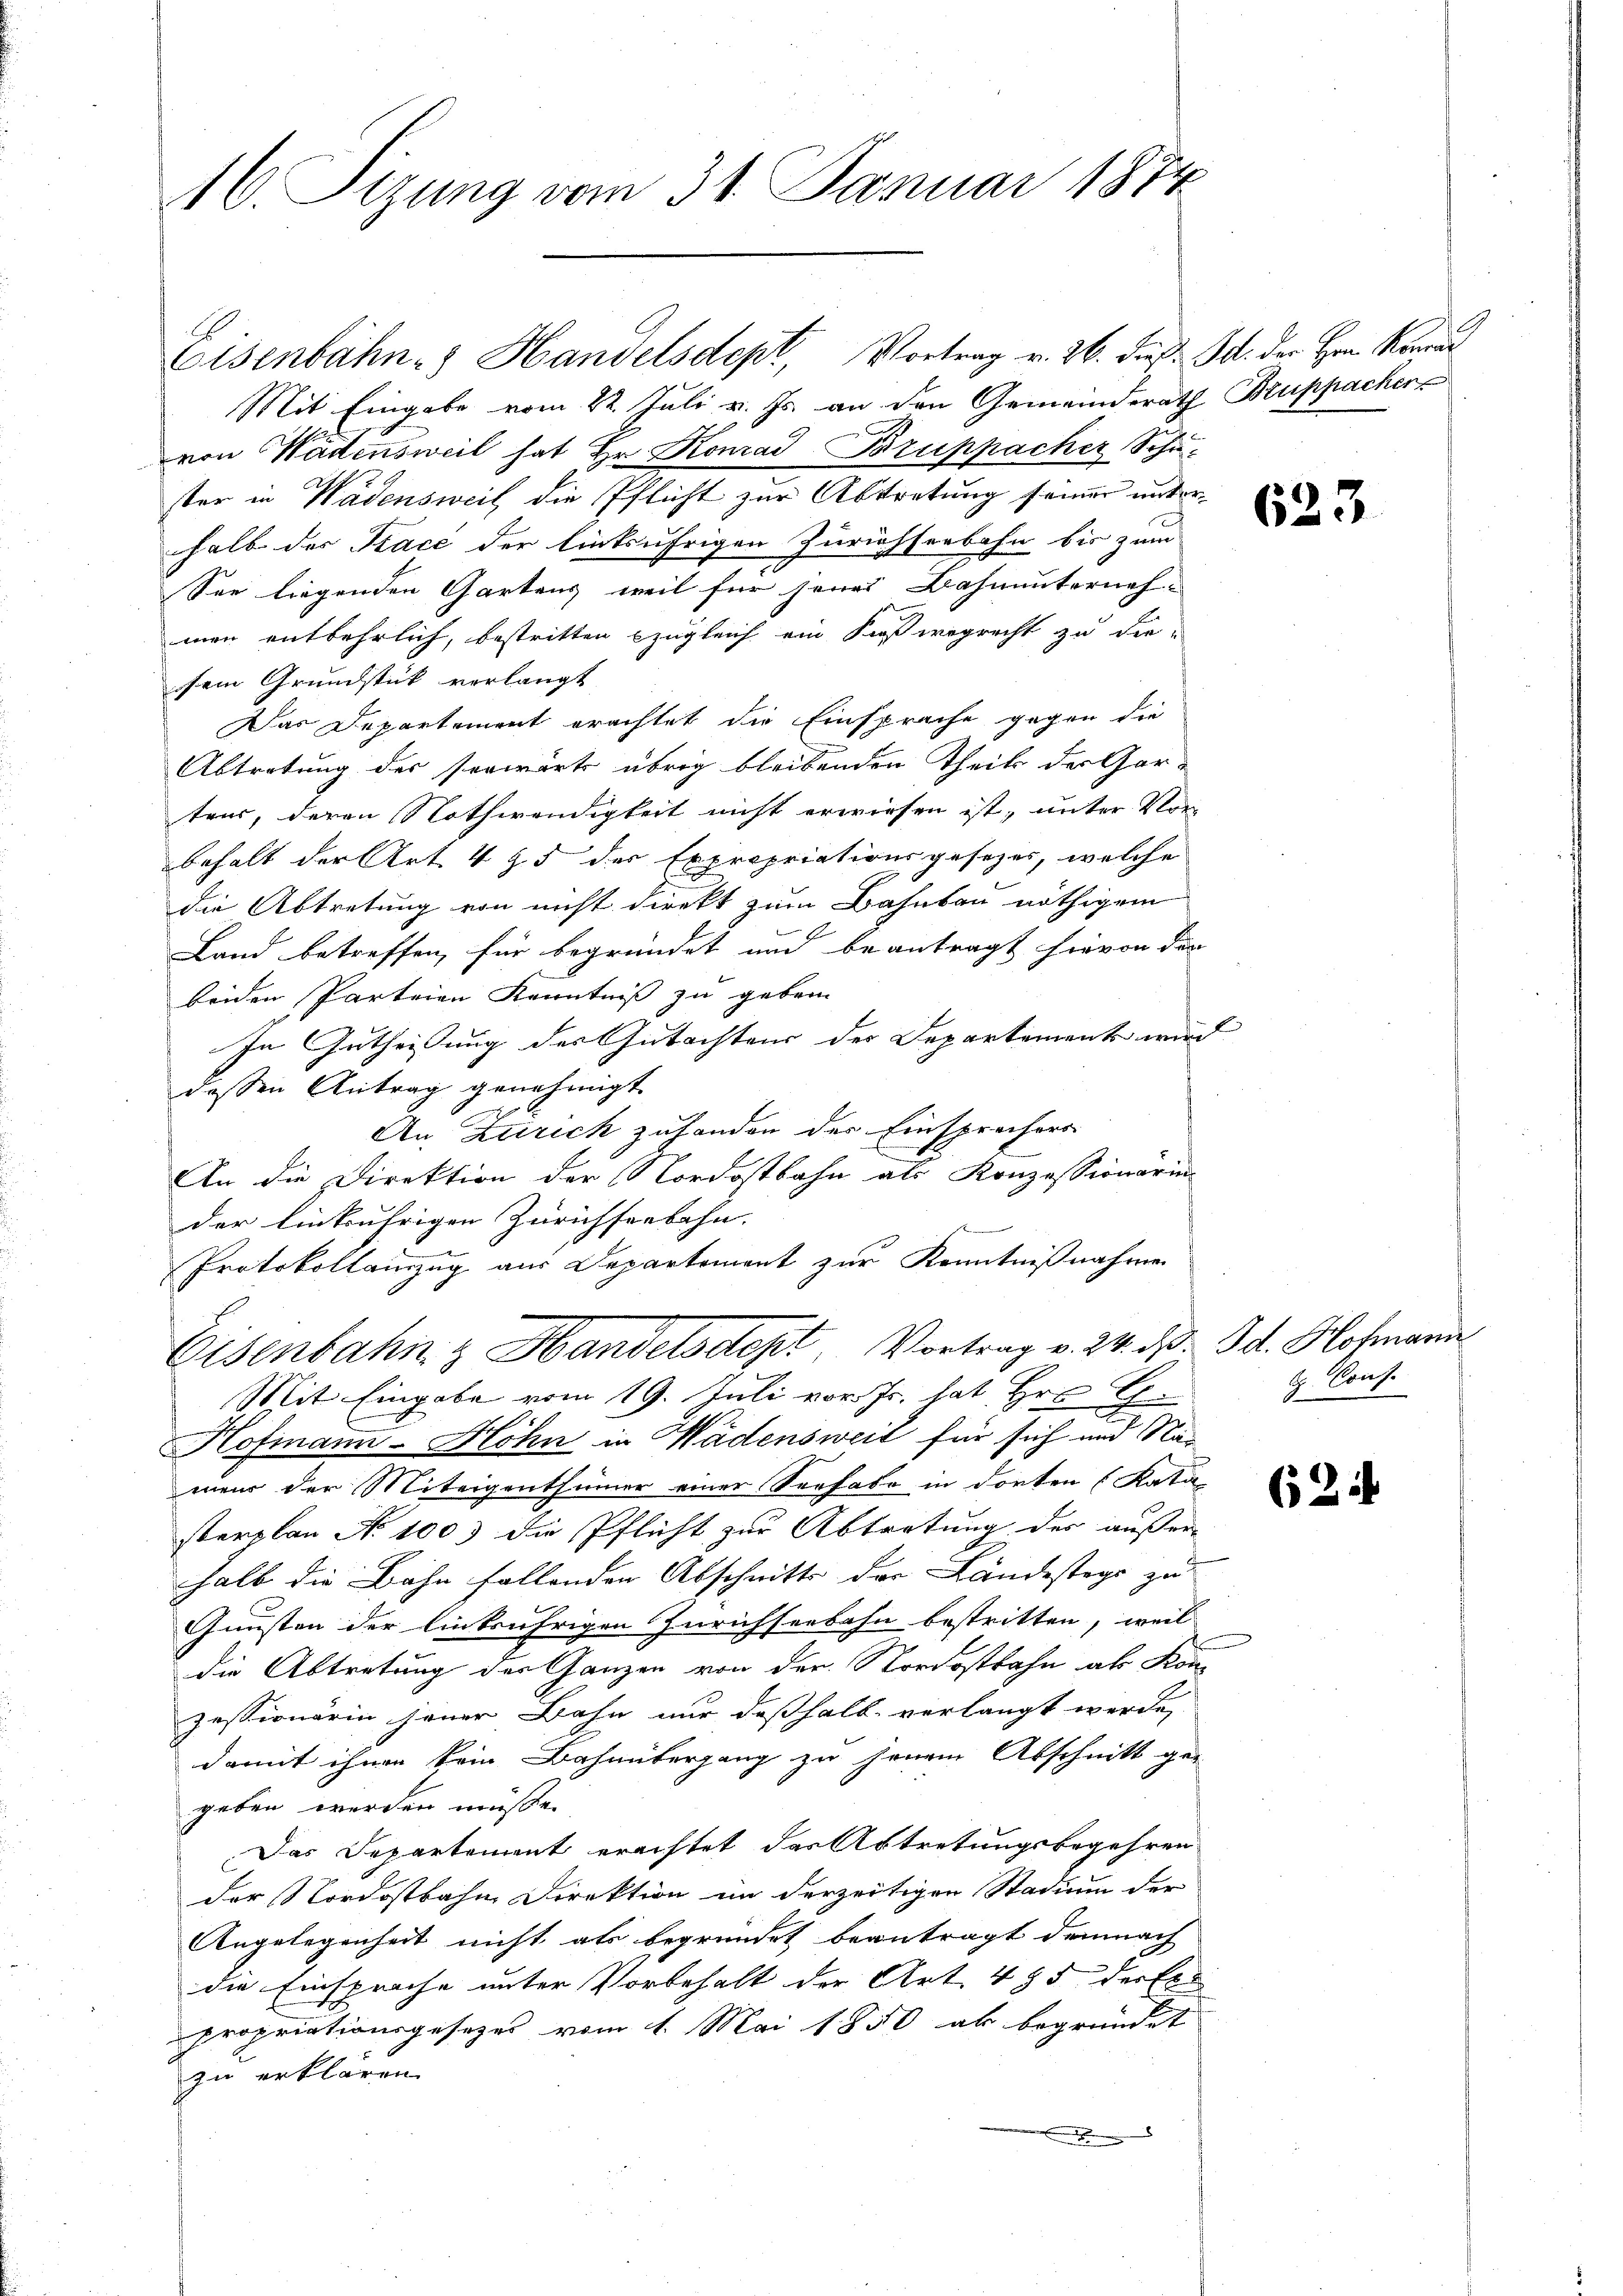
16. Sizung vom 31. Januar 1874.

Mit Eingabe vom 22. Juli v. Js. an den Gemeinderath Bruppacher
von Wädensweil hat Hr. Komad-Bruppacher Schuster in Wädensweil die Pflicht zur Abtretung seiner unterhalb der Trace der linksufrigen Zürichsenbahn bis zum
See liegenden Gartens, weil für jenes Bahnunterneh-
men entbehrlich, bestritten zugleich ein Sießwegrecht zu die
sein Grundstück verlangt
Das Departement erachtet die Einsprache gegen die
Abtretung des Vorwärts übrig bleibenden Theils der Gar-
tens, deren Nothwendigkeit nicht erwiesen ist, unter Vor
behalt der Art. 4 § 5 der Expropriationsgesezes, welche
die Abtretung von nicht direkt zum Bahnbau nöthigem
Land betreffen, für begründet und beantragt hievon der
beiden Parteien Kenntniß zu geben.
In Gutheisung des Gutachtens der Departements wird
dessen Antrag genehmigt.
An Zürich zufanden der Einsprechers
An die Direktion der Nordostbahn als Konzessionärin
der linkufrigen Zürichseebahn.
Protokollenzug aus Departement zur Kenntnißnahmen
Eisenbahn & Handelsdept, Vortrag v. 24. d. Bd. Hofmann
Mit Eingabe vom 19. Juli vor. Js. hat Hr. Gr
Hofmann-Höhn in Wädensweil für sich und Nameir der Miteigenthümer einer Sorhabe in dorten (Kata
sterplan No 1003 die Pflicht zur Abtretung des außer-
halb die Bahn fallenden Abschnitts der Landestage zu
Gunsten der Einbrührigen Zürichseebahn bestritten, weil
die Abtretung der Ganzen von der Nordostbahn als Konzessionärin jener Bahn nur deßhalb verlangt werde,
damit ihnen kein Bahnübergang zu jenem Abschnitt ge-
geben werden müsse.
Das Departement erachtet der Abtretungsbegehren
der Nordostbahn Direktion in derzeitigen Stadium der
Angelegenheit nicht als begründet beantragt demnach
die Einsprache unter Vorbehalt der Art. 495 der Er-
propriationsgesezes vom 1. Mai 1850 ab begründet
zu erklären.

Eisenbahn- & Handelsdept, Vortrag v. 26. dieß: J. der Hrn. Kanal

623

b. Cons.

621